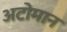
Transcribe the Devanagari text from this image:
अटोमान